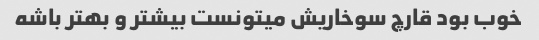
خوب بود قارچ سوخاریش میتونست بیشتر و بهتر باشه